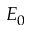
E _ { 0 }